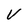
Character: V